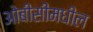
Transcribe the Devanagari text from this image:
ओबीसींमधील